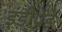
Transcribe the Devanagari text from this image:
इंडीपेंडें